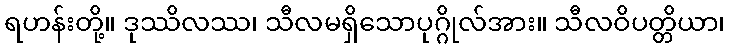
ရဟန်းတို့။ ဒုဿိလဿ၊ သီလမရှိသောပုဂ္ဂိုလ်အား။ သီလဝိပတ္တိယာ၊